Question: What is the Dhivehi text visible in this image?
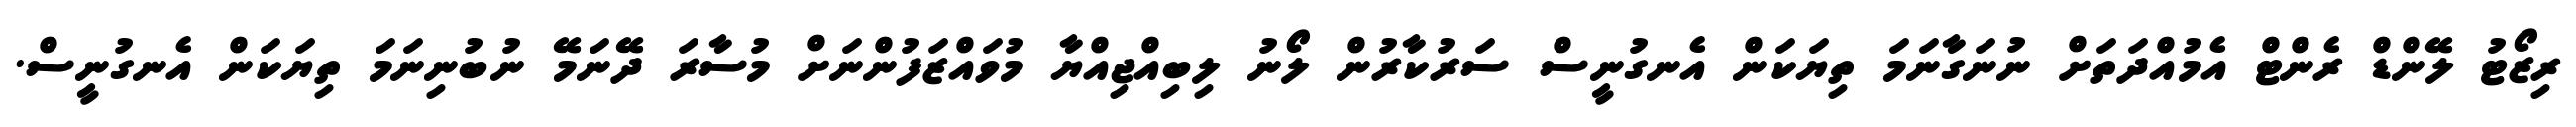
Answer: ރިޒޯޓު ލޭންޑް ރެންޓް އެމުއްދަތަށް ނުނަގާނަމަ ތިޔަކަން އެނގުނީސް ސަރުކާރުން ލޯނު ލިބިއްޖިއްޔާ މުވައްޒަފުންނަށް މުސާރަ ދޭނަމޭ ނުބުނިނަމަ ތިޔަކަން އެނގުނީސް.